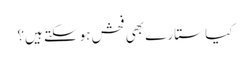
کیا ستارے بھی فحش ہوسکتے ہیں؟